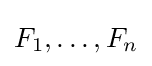
F_{1},\ldots ,F_{n}